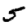
Digit: 5